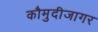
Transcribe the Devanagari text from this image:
कौमुदीजागर